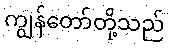
ကျွန်တော်တို့သည်